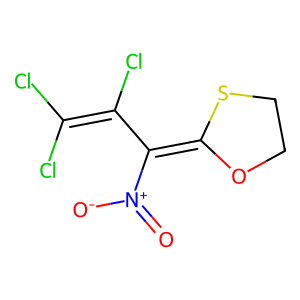
SMILES: O=[N+]([O-])C(=C1OCCS1)C(Cl)=C(Cl)Cl
Inhibits HIV replication: No